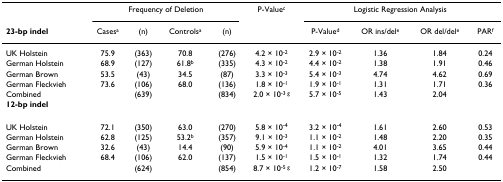
<table><thead><tr><td></td><td colspan="4"><b>Frequency of Deletion</b></td><td><b>P-Value<sup>c</sup></b></td><td colspan="4"><b>Logistic Regression Analysis</b></td></tr><tr><td><b>23-bp indel</b></td><td><b>Cases<sup>a</sup></b></td><td><b>(n)</b></td><td><b>Controls<sup>a</sup></b></td><td><b>(n)</b></td><td></td><td><b>P-Value<sup>d</sup></b></td><td><b>OR ins/del<sup>e</sup></b></td><td><b>OR del/del<sup>e</sup></b></td><td><b>PAR<sup>f</sup></b></td></tr></thead><tbody><tr><td>UK Holstein</td><td>75.9</td><td>(363)</td><td>70.8</td><td>(276)</td><td>4.2 × 10<sup>-2</sup></td><td>2.9 × 10<sup>-2</sup></td><td>1.36</td><td>1.84</td><td>0.24</td></tr><tr><td>German Holstein</td><td>68.9</td><td>(127)</td><td>61.8<sup>b</sup></td><td>(335)</td><td>4.3 × 10<sup>-2</sup></td><td>4.4 × 10<sup>-2</sup></td><td>1.38</td><td>1.91</td><td>0.46</td></tr><tr><td>German Brown</td><td>53.5</td><td>(43)</td><td>34.5</td><td>(87)</td><td>3.3 × 10<sup>-3</sup></td><td>5.4 × 10<sup>-3</sup></td><td>4.74</td><td>4.62</td><td>0.69</td></tr><tr><td>German Fleckvieh</td><td>73.6</td><td>(106)</td><td>68.0</td><td>(136)</td><td>1.8 × 10<sup>-1</sup></td><td>1.9 × 10<sup>-1</sup></td><td>1.31</td><td>1.71</td><td>0.36</td></tr><tr><td>Combined</td><td></td><td>(639)</td><td></td><td>(834)</td><td>2.0 × 10<sup>-3 g</sup></td><td>5.7 × 10<sup>-5</sup></td><td>1.43</td><td>2.04</td><td></td></tr><tr><td><b>12-bp indel</b></td><td></td><td></td><td></td><td></td><td></td><td></td><td></td><td></td><td></td></tr><tr><td>UK Holstein</td><td>72.1</td><td>(350)</td><td>63.0</td><td>(270)</td><td>5.8 × 10<sup>-4</sup></td><td>3.2 × 10<sup>-4</sup></td><td>1.61</td><td>2.60</td><td>0.53</td></tr><tr><td>German Holstein</td><td>62.8</td><td>(125)</td><td>53.2<sup>b</sup></td><td>(357)</td><td>9.1 × 10<sup>-3</sup></td><td>1.1 × 10<sup>-2</sup></td><td>1.48</td><td>2.20</td><td>0.35</td></tr><tr><td>German Brown</td><td>32.6</td><td>(43)</td><td>14.4</td><td>(90)</td><td>5.9 × 10<sup>-4</sup></td><td>1.1 × 10<sup>-2</sup></td><td>4.01</td><td>3.65</td><td>0.44</td></tr><tr><td>German Fleckvieh</td><td>68.4</td><td>(106)</td><td>62.0</td><td>(137)</td><td>1.5 × 10<sup>-1</sup></td><td>1.5 × 10<sup>-1</sup></td><td>1.32</td><td>1.74</td><td>0.44</td></tr><tr><td>Combined</td><td></td><td>(624)</td><td></td><td>(854)</td><td>8.7 × 10<sup>-5 g</sup></td><td>1.2 × 10<sup>-7</sup></td><td>1.58</td><td>2.50</td><td></td></tr></tbody></table>